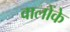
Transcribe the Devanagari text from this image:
वालोंके